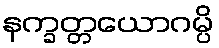
နက္ခတ္တယောဂမ္ပိ